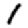
Digit: 1